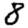
Digit: 8